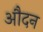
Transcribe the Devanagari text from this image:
औदन